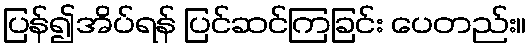
ပြန်၍အိပ်ရန် ပြင်ဆင်ကြခြင်း ပေတည်း။